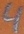
Text: 4